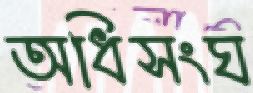
অধিসংঘ